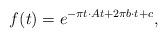
LaTeX: \begin{align*}f(t) = e^{- \pi t \cdot A t + 2 \pi b \cdot t + c},\end{align*}